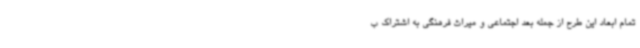
تمام ابعاد این طرح از جمله بعد اجتماعی و میراث فرهنگی به اشتراک ب